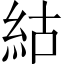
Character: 𥿍